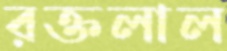
রক্তলাল